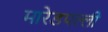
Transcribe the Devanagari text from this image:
मारेडपल्ली